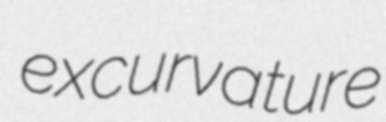
excurvature